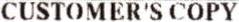
CUSTOMER'S COPY